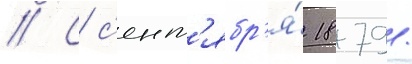
// С с'ент'ябр'я́ 1879/